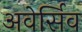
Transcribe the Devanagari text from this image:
अवेर्सिव